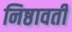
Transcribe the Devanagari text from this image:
निष्ठावती